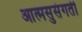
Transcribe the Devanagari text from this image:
आत्मसुसंगती